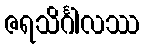
ဇရသိင်္ဂါလဿ